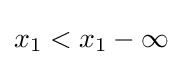
x_{1}<x_{1}-\infty